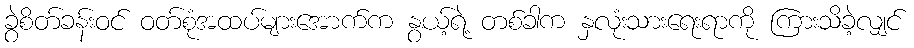
ခွဲစိတ်ခန်းဝင် ဝတ်စုံအထပ်များအောက်က နွယ့်ရဲ့ တစ်ခါက နှလုံးသားရေးရာကို ကြားသိခဲ့လျှင်